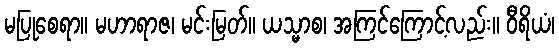
မပြုစေရာ။ မဟာရာဇ၊ မင်းမြတ်။ ယသ္မာစ၊ အကြင်ကြောင့်လည်း။ ဝီရိယံ၊